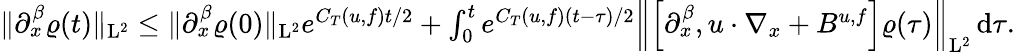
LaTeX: \begin{array}{r}{\Vert\partial_{x}^{\beta}\varrho(t)\Vert_{\mathrm{L}^{2}}\leq\Vert\partial_{x}^{\beta}\varrho(0)\Vert_{\mathrm{L}^{2}}e^{C_{T}(u,f)t/2}+\int_{0}^{t}e^{C_{T}(u,f)(t-\tau)/2}\left\Vert\left[\partial_{x}^{\beta},u\cdot\nabla_{x}+B^{u,f}\right]\varrho(\tau)\right\Vert_{\mathrm{L}^{2}}\, \mathrm{d}\tau.}\end{array}